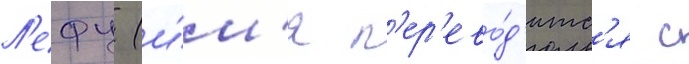
Л'ефу (и́м'я п'ер'ево́д'итс'я с